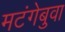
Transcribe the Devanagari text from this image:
मटंगेबुवा